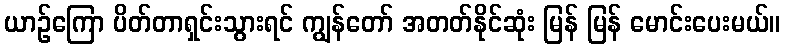
ယာဉ်ကြော ပိတ်တာရှင်းသွားရင် ကျွန်တော် အတတ်နိုင်ဆုံး မြန် မြန် မောင်းပေးမယ်။